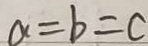
a = b = c